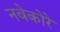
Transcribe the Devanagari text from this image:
नवेकोरे